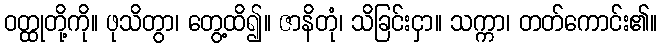
ဝတ္ထုတို့ကို။ ဖုသိတွာ၊ တွေ့ထိ၍။ ဇာနိတုံ၊ သိခြင်းငှာ။ သက္ကာ၊ တတ်ကောင်း၏။